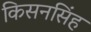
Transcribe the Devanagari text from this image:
किसनसिंह